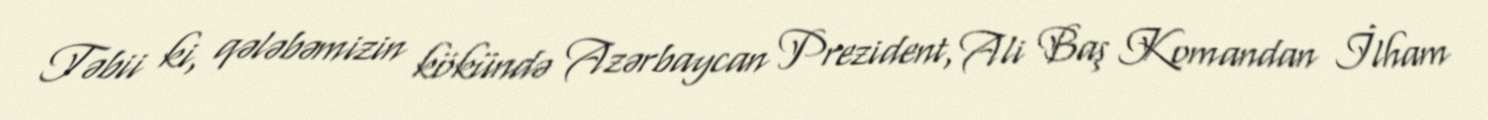
Təbii ki, qələbəmizin kökündə Azərbaycan Prezident, Ali Baş Komandan İlham